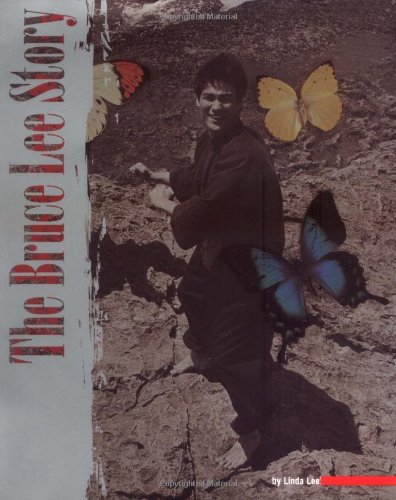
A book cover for The Bruce Lee Story; Linda Lee; Biographies & Memoirs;